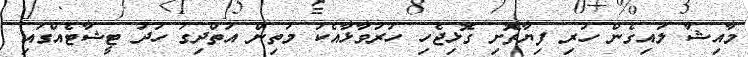
މާއިޝާ ލައިގެން ހުރި ފިޔާތޮށި ގޮޅިޖެހި ހަރުވާޅާއެކު މަތިން އަތްދިގު ހުދު ޓީޝާޓެއްގައި